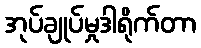
အုပ်ချုပ်မှုဒါရိုက်တာ